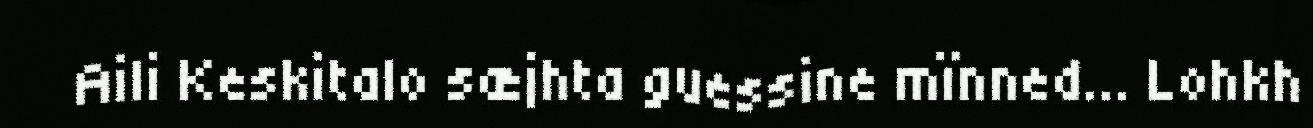
Aili Keskitalo sæjhta guessine mïnned... Lohkh